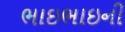
ભાઇભાઇની